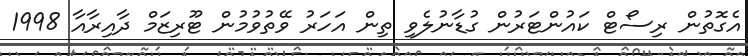
އެގޮތުން ރިސޯޓް ކައުންޓަރުން ގުޑާނުލެވި ތިން އަހަރު ވޭތުވުމުން ޓޫރިޒަމް ދާއިރާއާ 1998